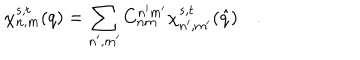
\chi _ { n , m } ^ { s , t } ( q ) = \sum _ { n ^ { \prime } , m ^ { \prime } } C _ { n m } ^ { n ^ { \prime } m ^ { \prime } } \chi _ { n ^ { \prime } , m ^ { \prime } } ^ { s , t } ( \hat { q } ) \quad .